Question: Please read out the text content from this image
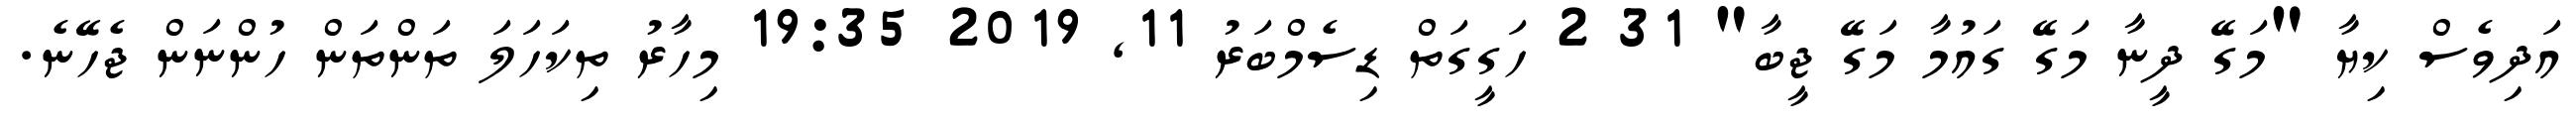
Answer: އަދިވެސް ކިޔާ "މަގޭ ދީނާ މަގޭ ގައުމާ މަގޭ ޖީބާ" 31 2 ހަގީގަތް ޑިސެމްބަރު 11, 2019 19:35 މިހާރު ތިކަހަލަ ތަންތަން ހުންނަން ޖެހޭނެ.